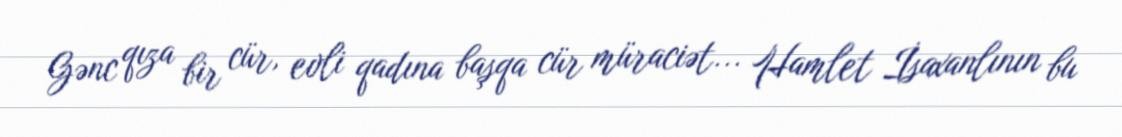
Gənc qıza bir cür, evli qadına başqa cür müraciət... Hamlet İsaxanlının bu